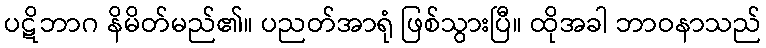
ပဋိဘာဂ နိမိတ်မည်၏။ ပညတ်အာရုံ ဖြစ်သွားပြီ။ ထိုအခါ ဘာဝနာသည်